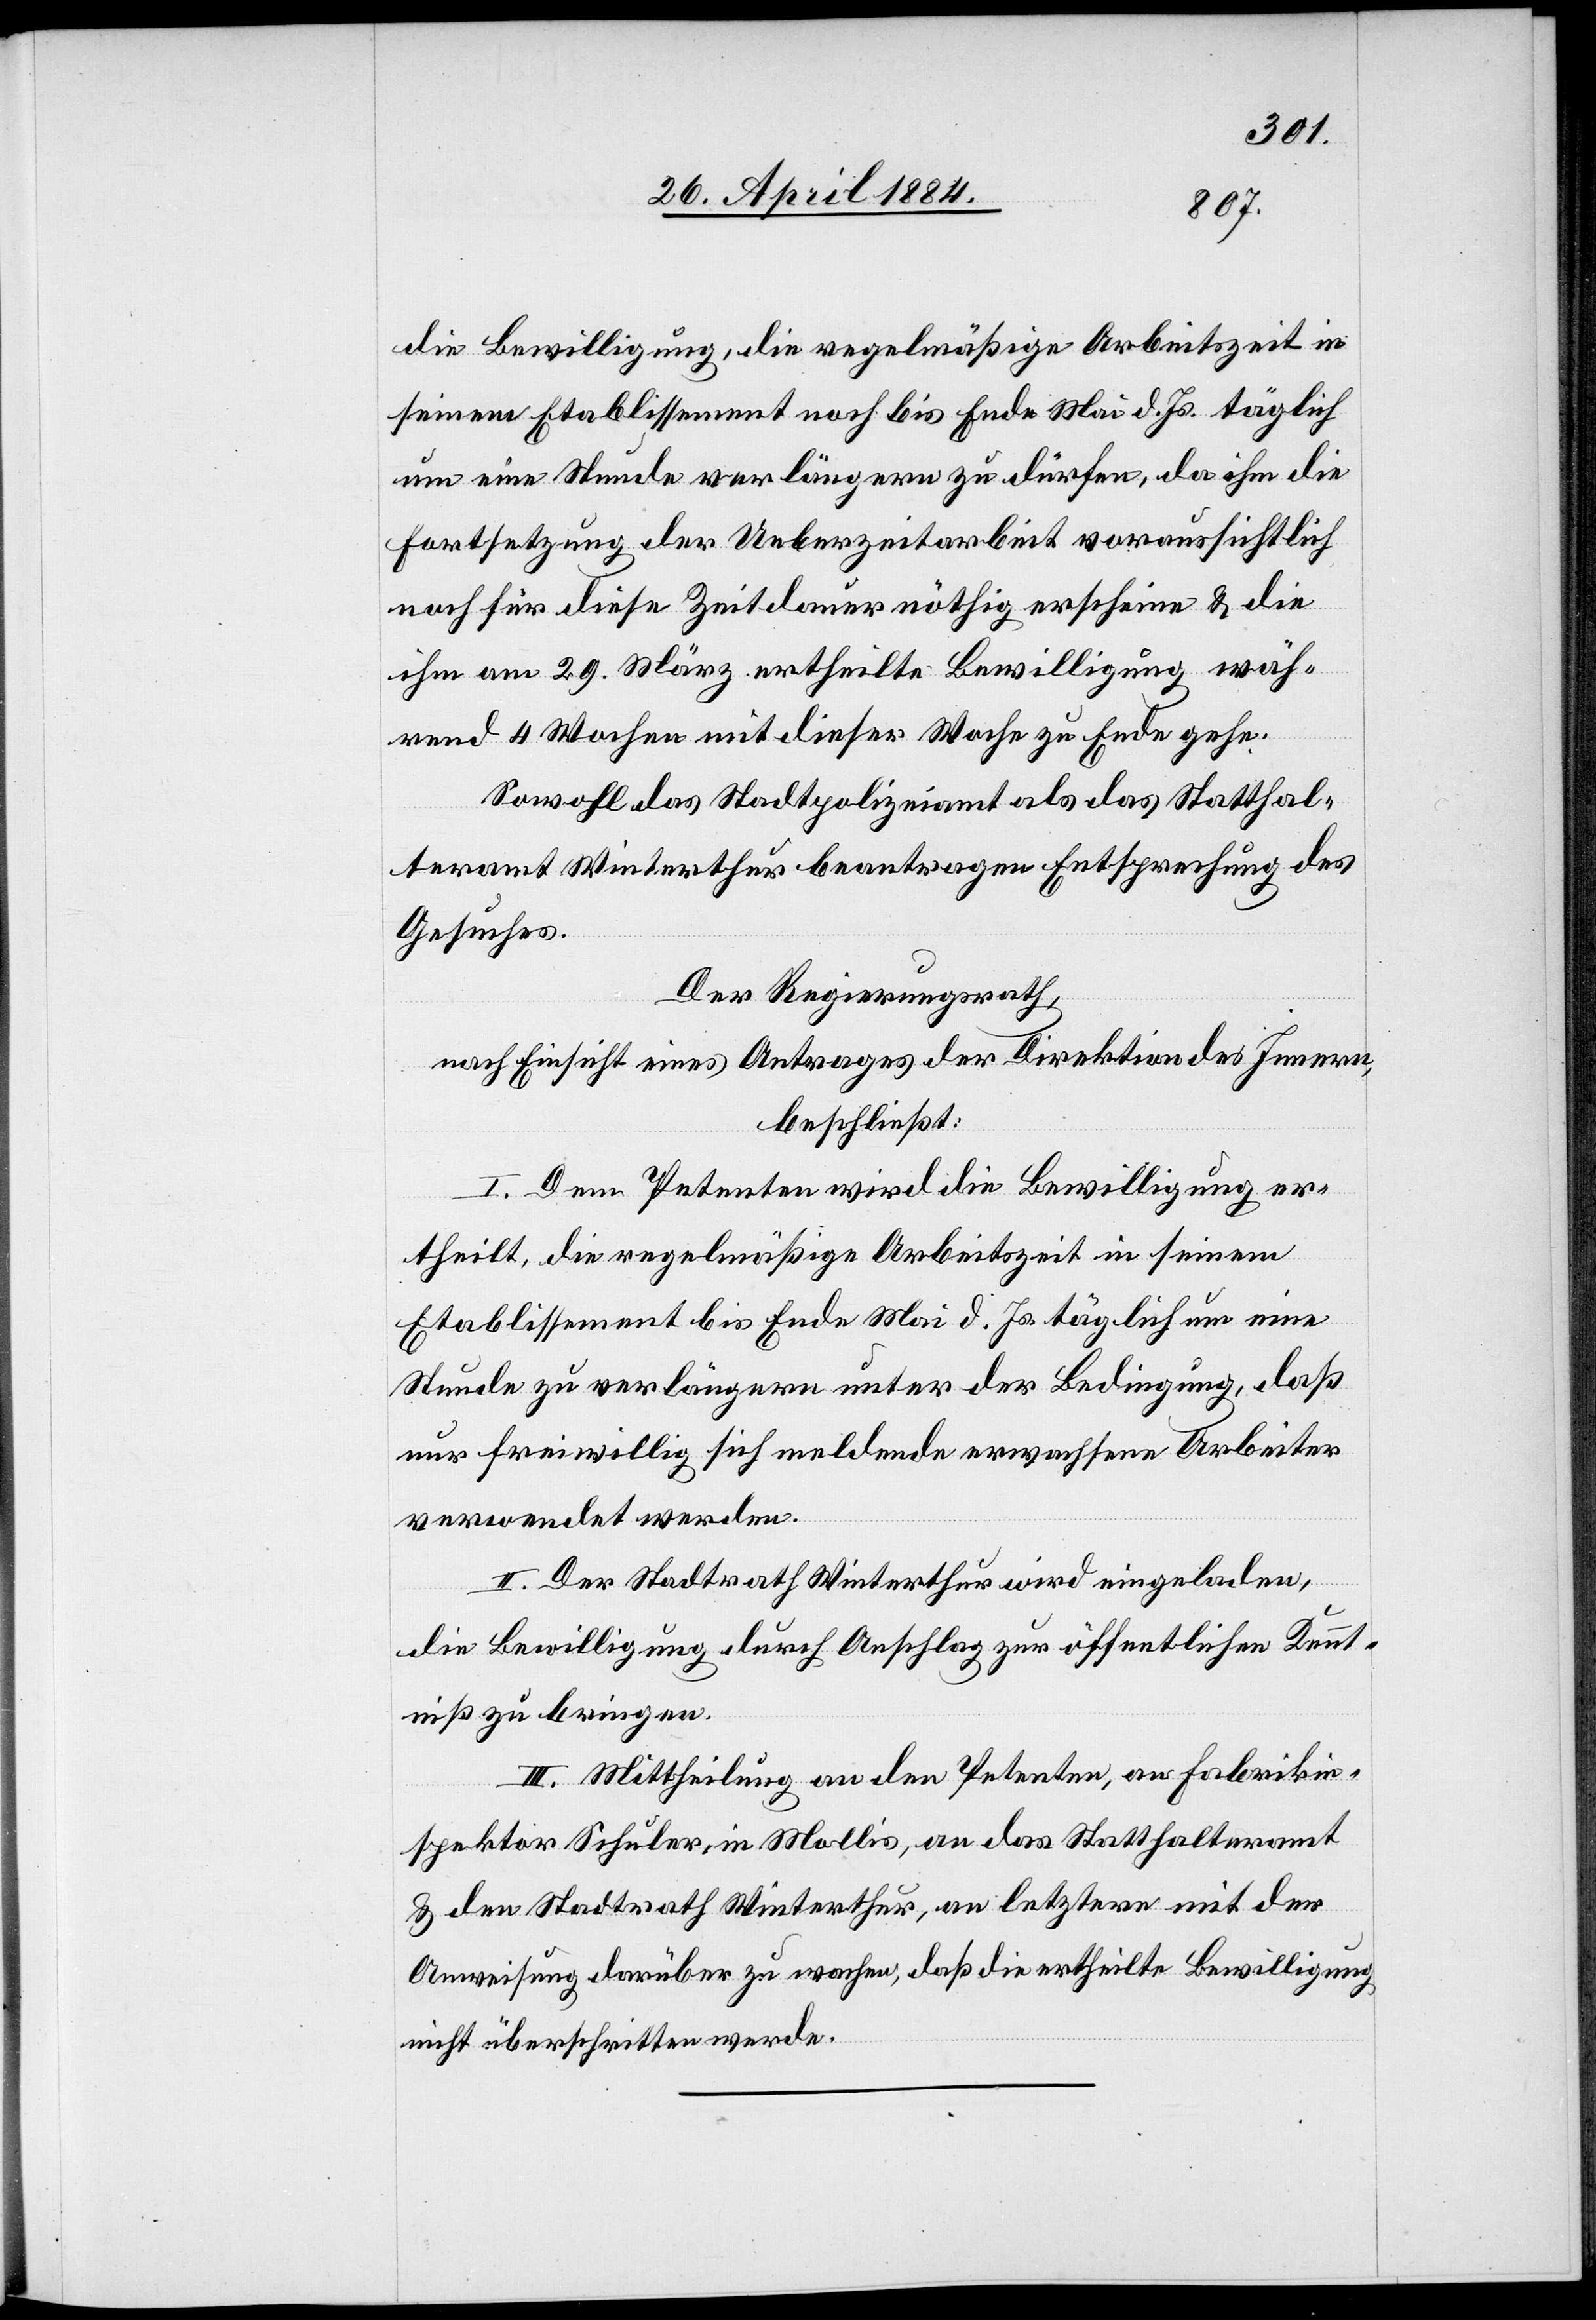
die Bewilligung, die regelmäßige Arbeitszeit in
seinem Etablissement noch bis Ende Mai d. Js. täglich
um eine Stunde verlängern zu dürfen, da ihm die
Fortsetzung der Ueberzeitarbeit voraussichtlich
noch für diese Zeitdauer nöthig erscheine & die
ihm am 29. März ertheilte Bewilligung wäh¬
rend 4 Wochen mit dieser Woche zu Ende gehe.
Sowohl das Stadtpolizeiamt als das Statthal¬
teramt Winterthur beantragen Entsprechung des
Gesuches.
Der Regierungsrath,
nach Einsicht eines Antrages der Direktion des Innern,
beschließt:
I. Dem Petenten wird die Bewilligung er¬
theilt, die regelmäßige Arbeitszeit in seinem
Etablissement bis Ende Mai d. Js. täglich um eine
Stunde zu verlängern unter der Bedingung, daß
nur freiwillig sich meldende erwachsene Arbeiter
verwendet werden.
II. Der Stadtrath Winterthur wird eingeladen,
die Bewilligung durch Anschlag zur öffentlichen Kennt¬
niß zu bringen.
III. Mittheilung an den Petenten, an Fabrikin¬
spektor Schuler, in Mollis, an das Statthalteramt
& den Stadtrath Winterthur, an letztern mit der
Anweisung darüber zu wachen, daß die ertheilte Bewilligung
nicht überschritten werde.